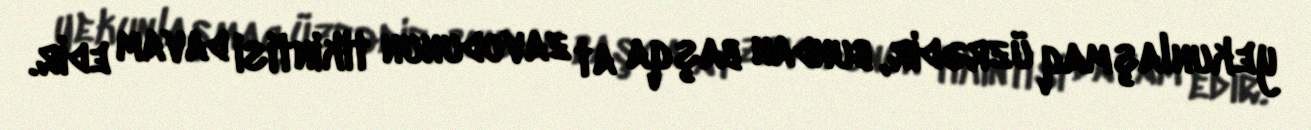
yekunlaşmaq üzrədir, bundan başqa at zavodunun tikintisi davam edir.